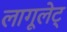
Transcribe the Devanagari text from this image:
लागूलेट्